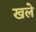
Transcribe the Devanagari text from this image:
खले